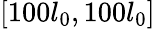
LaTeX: [100l_{0},100l_{0}]